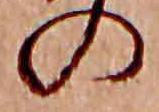
の